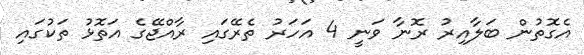
އެގޮތުން ބަލާއިރު ރޮނާ ވަނީ 4 އަހަރު ތެރޭގައި ރާއްޖޭގެ އަތޮޅު ތަކުގައި